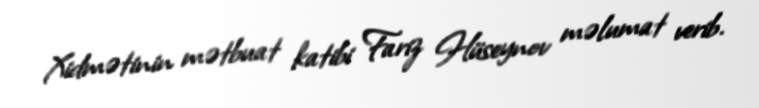
Xidmətinin mətbuat katibi Fariz Hüseynov məlumat verib.